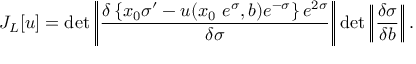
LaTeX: J _ { L } [ u ] = \operatorname * { d e t } \left| \! \left| \frac { \delta \left\{ x _ { 0 } \sigma ^ { \prime } - u ( x _ { 0 } ~ e ^ { \sigma } , b ) e ^ { - \sigma } \right\} e ^ { 2 \sigma } } { \delta \sigma } \right| \! \right| \operatorname * { d e t } \left| \! \left| \frac { \delta \sigma } { \delta b } \right| \! \right| .